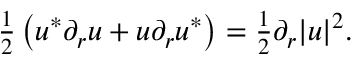
\begin{array} { r } { \frac { 1 } { 2 } \left( u ^ { * } \partial _ { r } u + u \partial _ { r } u ^ { * } \right) = \frac { 1 } { 2 } \partial _ { r } | u | ^ { 2 } . } \end{array}